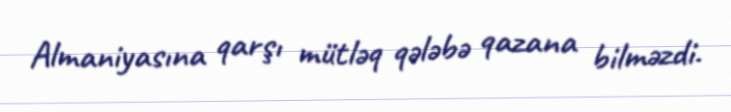
Almaniyasına qarşı mütləq qələbə qazana bilməzdi.